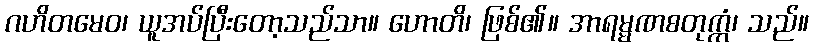
ဂဟိတမေဝ၊ ယူအပ်ပြီးတော့သည်သာ။ ဟောတိ၊ ဖြစ်၏။ အာရမ္မဏစတုက္ကံ၊ သည်။